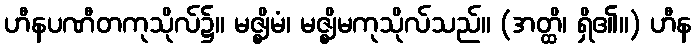
ဟီနပဏီတကုသိုလ်၌။ မဇ္ဈိမံ၊ မဇ္ဈိမကုသိုလ်သည်။ (အတ္ထိ၊ ရှိ၏။) ဟီန